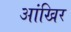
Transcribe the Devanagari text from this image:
आंखिर